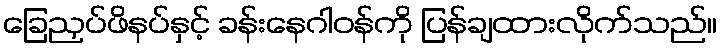
ခြေညှပ်ဖိနပ်နှင့် ခန်းနေဂါဝန်ကို ပြန်ချထားလိုက်သည်။